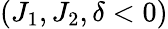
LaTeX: \left(J_{1},J_{2},\delta<0\right)